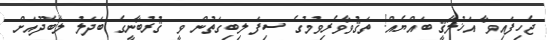
ޖެހިފައިވާ އަޚުލާޤީ ބައްޔެއް! ތަޤުވާވެރިވުމުގެ ސިފަ ލިބިގަތުން ވީ ޤުރުބާނީގެ ބަދަލު ލާބަދޫއަށް